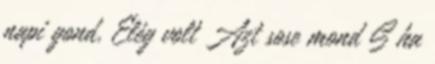
napi gond, Elég volt Azt sose mond S ha